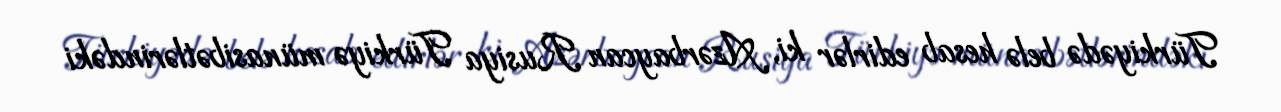
Türkiyədə belə hesab edirlər ki, Azərbaycan Rusiya Türkiyə münasibətlərindəki